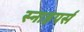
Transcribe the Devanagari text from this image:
स्नाइपर्स